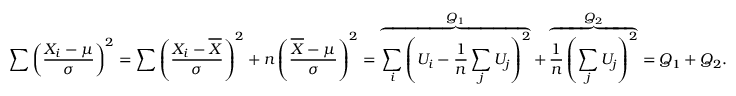
\sum \left( { \frac { X _ { i } - \mu } { \sigma } } \right) ^ { 2 } = \sum \left( { \frac { X _ { i } - { \overline { { X } } } } { \sigma } } \right) ^ { 2 } + n \left( { \frac { { \overline { { X } } } - \mu } { \sigma } } \right) ^ { 2 } = \overbrace { \sum _ { i } \left( U _ { i } - { \frac { 1 } { n } } \sum _ { j } { U _ { j } } \right) ^ { 2 } } ^ { Q _ { 1 } } + \overbrace { { \frac { 1 } { n } } \left( \sum _ { j } { U _ { j } } \right) ^ { 2 } } ^ { Q _ { 2 } } = Q _ { 1 } + Q _ { 2 } .